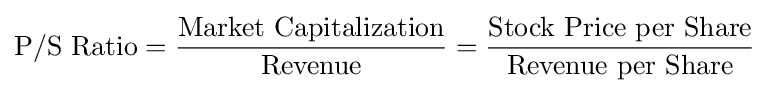
{\text{P/S Ratio}}={\frac {\text{Market Capitalization}}{\text{Revenue}}}={\frac {\text{Stock Price per Share}}{\text{Revenue per Share}}}